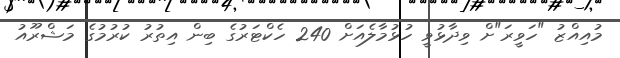
މުއިއްޒު "ހަވީރަ"ށް ވިދާޅުވީ ހުޅުމާލެއަށް 240 ހެކްޓަރުގެ ބިން އިތުރު ކުރުމުގެ މަޝްރޫއު